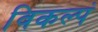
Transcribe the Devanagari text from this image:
विकल्पं